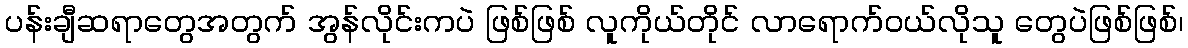
ပန်းချီဆရာတွေအတွက် အွန်လိုင်းကပဲ ဖြစ်ဖြစ် လူကိုယ်တိုင် လာရောက်ဝယ်လိုသူ တွေပဲဖြစ်ဖြစ်၊